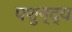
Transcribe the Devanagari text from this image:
पशुन्द्य